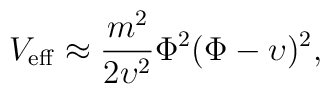
V_{\rm eff} \approx \frac{m^2}{2 \upsilon^2}           \Phi^2 (\Phi-\upsilon)^2,